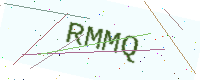
Text: RMMQ